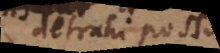
detrahi possunt